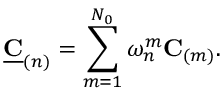
\underline { { \mathbf { C } } } _ { ( n ) } = \sum _ { m = 1 } ^ { N _ { 0 } } \omega _ { n } ^ { m } \mathbf { C } _ { ( m ) } .